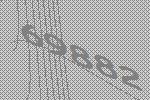
69882